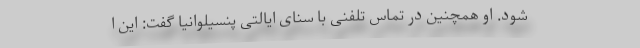
شود. او همچنین در تماس تلفنی با سنای ایالتی پنسیلوانیا گفت: این ا